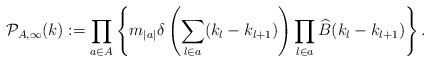
LaTeX: \begin{align*} \mathcal{P}_{A,\infty}(k) & := \prod_{a \in A} \left\{ m_{|a|} \delta \left( \sum_{l \in a} (k_l - k_{l+1}) \right) \prod_{l \in a} \widehat{B}(k_l - k_{l+1} ) \right\} . \end{align*}